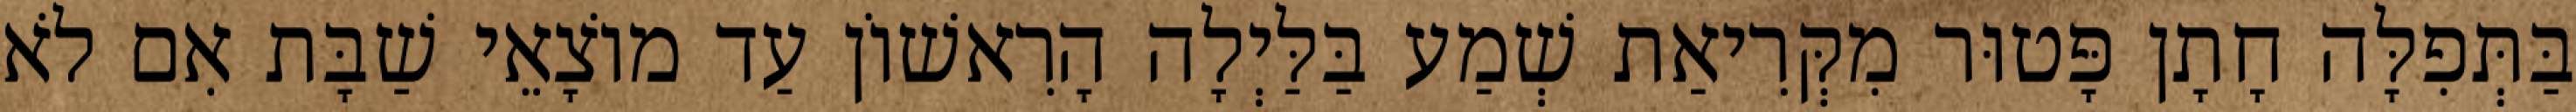
בַּתְּפִלָּה חָתָן פָּטוּר מִקְּרִיאַת שְׁמַע בַּלַּיְלָה הָרִאשׁוֹן עַד מוֹצָאֵי שַׁבָּת אִם לֹא